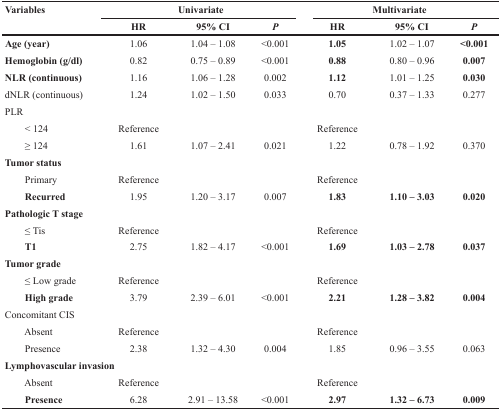
| <ROWSPAN=2> Variables | <COLSPAN=3> Univariate | <COLSPAN=3> Multivariate |
 | HR | 95% CI | P | HR | 95% CI | P |
 | --- | --- | --- | --- | --- | --- | --- |
 | Age (year) | 1.06 | 1.04 – 1.08 | <0.001 | 1.05 | 1.02 – 1.07 | <0.001 |
 | Hemoglobin (g/dl) | 0.82 | 0.75 – 0.89 | <0.001 | 0.88 | 0.80 – 0.96 | 0.007 |
 | NLR (continuous) | 1.16 | 1.06 – 1.28 | 0.002 | 1.12 | 1.01 – 1.25 | 0.030 |
 | dNLR (continuous) | 1.24 | 1.02 – 1.50 | 0.033 | 0.70 | 0.37 – 1.33 | 0.277 |
 | <COLSPAN=7> PLR |
 | < 124 | Reference |  |  | Reference |  |  |
 | ≥ 124 | 1.61 | 1.07 – 2.41 | 0.021 | 1.22 | 0.78 – 1.92 | 0.370 |
 | <COLSPAN=7> Tumor status |
 | Primary | Reference |  |  | Reference |  |  |
 | Recurred | 1.95 | 1.20 – 3.17 | 0.007 | 1.83 | 1.10 – 3.03 | 0.020 |
 | <COLSPAN=7> Pathologic T stage |
 | ≤ Tis | Reference |  |  | Reference |  |  |
 | T1 | 2.75 | 1.82 – 4.17 | <0.001 | 1.69 | 1.03 – 2.78 | 0.037 |
 | <COLSPAN=7> Tumor grade |
 | ≤ Low grade | Reference |  |  | Reference |  |  |
 | High grade | 3.79 | 2.39 – 6.01 | <0.001 | 2.21 | 1.28 – 3.82 | 0.004 |
 | <COLSPAN=7> Concomitant CIS |
 | Absent | Reference |  |  | Reference |  |  |
 | Presence | 2.38 | 1.32 – 4.30 | 0.004 | 1.85 | 0.96 – 3.55 | 0.063 |
 | <COLSPAN=7> Lymphovascular invasion |
 | Absent | Reference |  |  | Reference |  |  |
 | Presence | 6.28 | 2.91 – 13.58 | <0.001 | 2.97 | 1.32 – 6.73 | 0.009 |